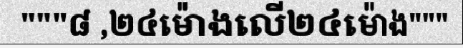
"""៨ ,២៤ម៉ោងលើ២៤ម៉ោង"""